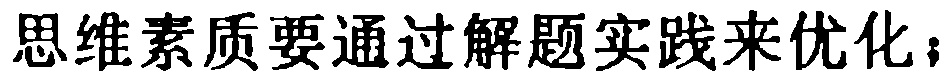
思维素质要通过解题实践来优化；